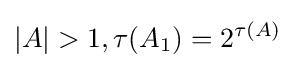
|A|>1,\tau (A_{1})=2^{\tau (A)}